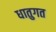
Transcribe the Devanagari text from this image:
धातुगत